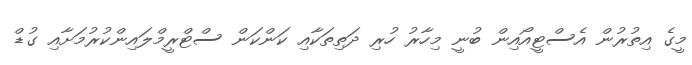
މީގެ އިތުރުން އެސްޓީއޯއިން ބުނީ މިހާރު ހުރި ދަތިތަކާއި ކަންކަން ސްޓްރީމްލައިންކުރުމަށާއި ގުޑް